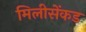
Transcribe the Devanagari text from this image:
मिलीसेंकड